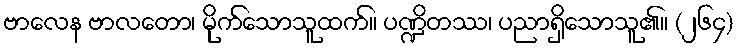
ဗာလေန ဗာလတော၊ မိုက်သောသူထက်။ ပဏ္ဍိတဿ၊ ပညာရှိသောသူ၏။ (၂၆၄)